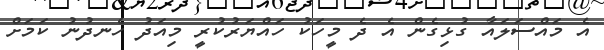
އެ މައްސަލައާ ގުޅިގެން އެ ދެ މީހަކު ހައްޔަރުކުރީ މިއަދު ހެނދުނު ކަމަށް